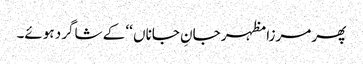
پھر مرزا مظہر جانِ جاناں ‘‘ کے شاگرد ہوئے۔